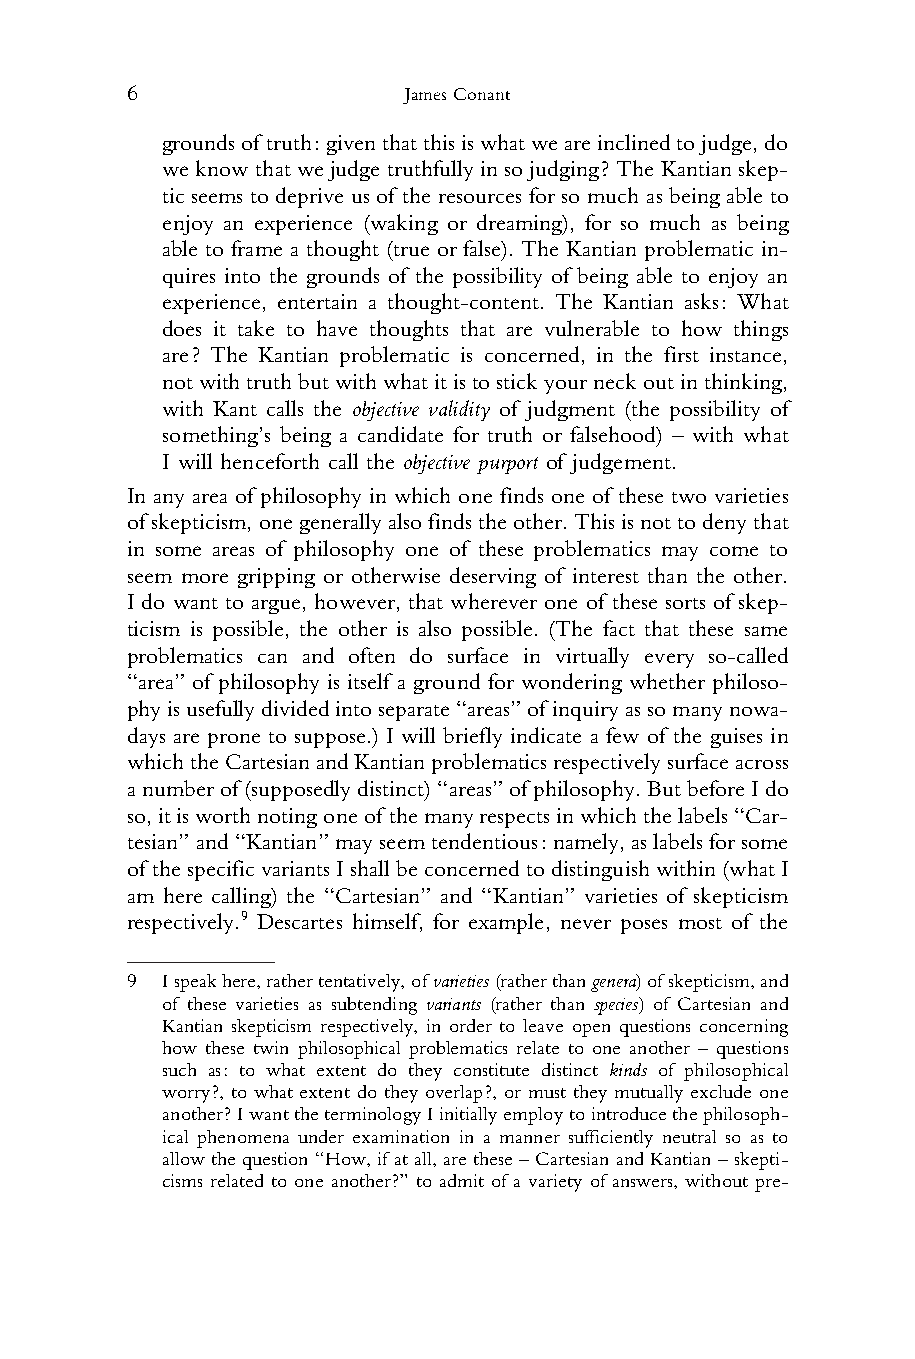
6                  James Conant
 1    groundsof truth:giventhatthisiswhatweareinclinedtojudge,do
 2    weknow that wejudge truthfully in sojudging? The Kantian skep-
 3    tic seems to deprive us of the resources for so much as being able to
 4    enjoy an experience (waking or dreaming), for so much as being
 5    able to frame a thought (true or false). The Kantian problematic in-
 6    quires into the grounds of the possibility of being able to enjoy an
 7    experience, entertain a thought-content. The Kantian asks: What
 8    does it take to have thoughts that are vulnerable to how things
 9    are? The Kantian problematic is concerned, in the first instance,
 10    notwithtruthbutwithwhatitistostickyourneckoutinthinking,
 11    with Kant calls the objective validity of judgment (the possibility of
 12    something’s being a candidate for truth or falsehood) – with what
 13    I will henceforth call the objective purport of judgement.
 14 In any area of philosophy in which one finds one of these two varieties
 15 ofskepticism,onegenerallyalsofindstheother.Thisisnottodenythat
 16 in some areas of philosophy one of these problematics may come to
 17 seem more gripping or otherwise deserving of interest than the other.
 18 I do want to argue, however, that wherever one of these sorts of skep-
 19 ticism is possible, the other is also possible. (The fact that these same
 20 problematics can and often do surface in virtually every so-called
 21 “area” of philosophy is itself a ground for wondering whether philoso-
 22 phyisusefullydividedintoseparate“areas”of inquiryassomanynowa-
 23 days are prone to suppose.) I will briefly indicate a few of the guises in
 24 whichtheCartesianandKantianproblematicsrespectivelysurfaceacross
 25 anumberof(supposedlydistinct)“areas”ofphilosophy.ButbeforeIdo
 26 so,itisworthnotingoneof themanyrespectsinwhichthelabels“Car-
 27 tesian”and“Kantian”mayseemtendentious:namely,aslabelsforsome
 28 of thespecificvariantsIshallbeconcernedtodistinguishwithin(whatI
 29 am here calling) the “Cartesian” and “Kantian” varieties of skepticism
 30 respectively.9 Descartes himself, for example, never poses most of the
 31
 32
 9  Ispeakhere,rathertentatively,ofvarieties(ratherthangenera)ofskepticism,and
 33
 of these varieties as subtending variants (rather than species) of Cartesian and
 34    Kantian skepticism respectively, in order to leave open questions concerning
 35    how these twin philosophical problematics relate to one another – questions
 36    such as: to what extent do they constitute distinct kinds of philosophical
 worry?, to what extent do they overlap?, or must they mutually exclude one
 37
 another?IwanttheterminologyIinitiallyemploytointroducethephilosoph-
 38
 ical phenomena under examination in a manner sufficiently neutral so as to
 39    allow the question “How, if at all, arethese – Cartesian and Kantian – skepti-
 40    cisms related to one another?” to admit of a variety of answers, without pre-